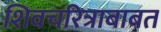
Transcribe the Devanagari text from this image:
शिवचरित्राबाबत